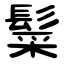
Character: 䰂